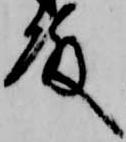
殿